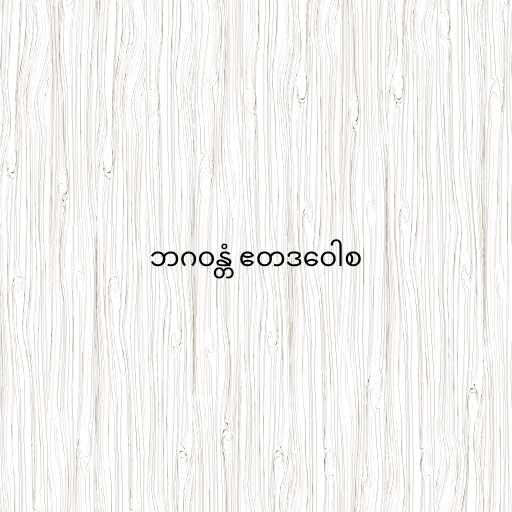
ဘဂဝန္တံ ဧတဒဝေါစ